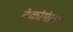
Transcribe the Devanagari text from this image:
टेकोमेला